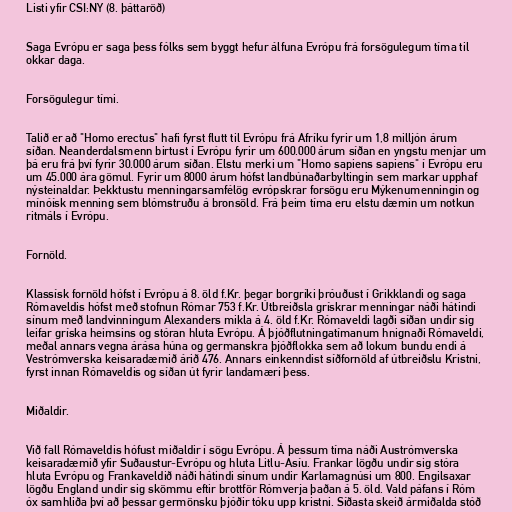
Listi yfir CSI:NY (8. þáttaröð)

Saga Evrópu er saga þess fólks sem byggt hefur álfuna Evrópu frá forsögulegum tíma til
okkar daga.

Forsögulegur tími.

Talið er að "Homo erectus" hafi fyrst flutt til Evrópu frá Afríku fyrir um 1,8 milljón árum
síðan. Neanderdalsmenn birtust í Evrópu fyrir um 600.000 árum síðan en yngstu menjar um
þá eru frá því fyrir 30.000 árum síðan. Elstu merki um "Homo sapiens sapiens" í Evrópu eru
um 45.000 ára gömul. Fyrir um 8000 árum hófst landbúnaðarbyltingin sem markar upphaf
nýsteinaldar. Þekktustu menningarsamfélög evrópskrar forsögu eru Mýkenumenningin og
mínóísk menning sem blómstruðu á bronsöld. Frá þeim tíma eru elstu dæmin um notkun
ritmáls í Evrópu.

Fornöld.

Klassísk fornöld hófst í Evrópu á 8. öld f.Kr. þegar borgríki þróuðust í Grikklandi og saga
Rómaveldis hófst með stofnun Rómar 753 f.Kr. Útbreiðsla grískrar menningar náði hátindi
sínum með landvinningum Alexanders mikla á 4. öld f.Kr. Rómaveldi lagði síðan undir sig
leifar gríska heimsins og stóran hluta Evrópu. Á þjóðflutningatímanum hnignaði Rómaveldi,
meðal annars vegna árása húna og germanskra þjóðflokka sem að lokum bundu endi á
Vestrómverska keisaradæmið árið 476. Annars einkenndist síðfornöld af útbreiðslu Kristni,
fyrst innan Rómaveldis og síðan út fyrir landamæri þess.

Miðaldir.

Við fall Rómaveldis hófust miðaldir í sögu Evrópu. Á þessum tíma náði Austrómverska
keisaradæmið yfir Suðaustur-Evrópu og hluta Litlu-Asíu. Frankar lögðu undir sig stóra
hluta Evrópu og Frankaveldið náði hátindi sínum undir Karlamagnúsi um 800. Engilsaxar
lögðu England undir sig skömmu eftir brottför Rómverja þaðan á 5. öld. Vald páfans í Róm
óx samhliða því að þessar germönsku þjóðir tóku upp kristni. Síðasta skeið ármiðalda stóð